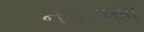
નકવાસા